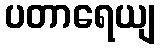
ပတာရေယျ